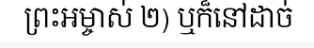
ព្រះអម្ចាស់ ២) ឬក៏នៅដាច់